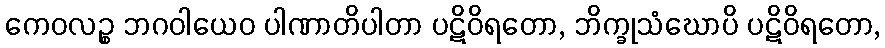
ကေဝလဉ္စ ဘဂဝါယေဝ ပါဏာတိပါတာ ပဋိဝိရတော, ဘိက္ခုသံဃောပိ ပဋိဝိရတော,